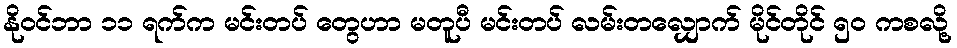
နိုဝင်ဘာ ၁၁ ရက်က မင်းတပ် တွေဟာ မတူပီ မင်းတပ် လမ်းတလျှောက် မိုင်တိုင် ၅၀ ကစလို့